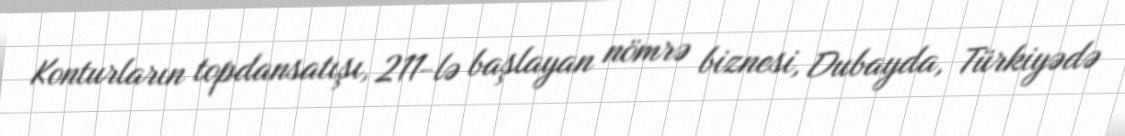
Konturların topdansatışı, 211-lə başlayan nömrə biznesi, Dubayda, Türkiyədə